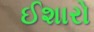
ઈશારો